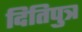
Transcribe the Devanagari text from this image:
दितिपुत्र